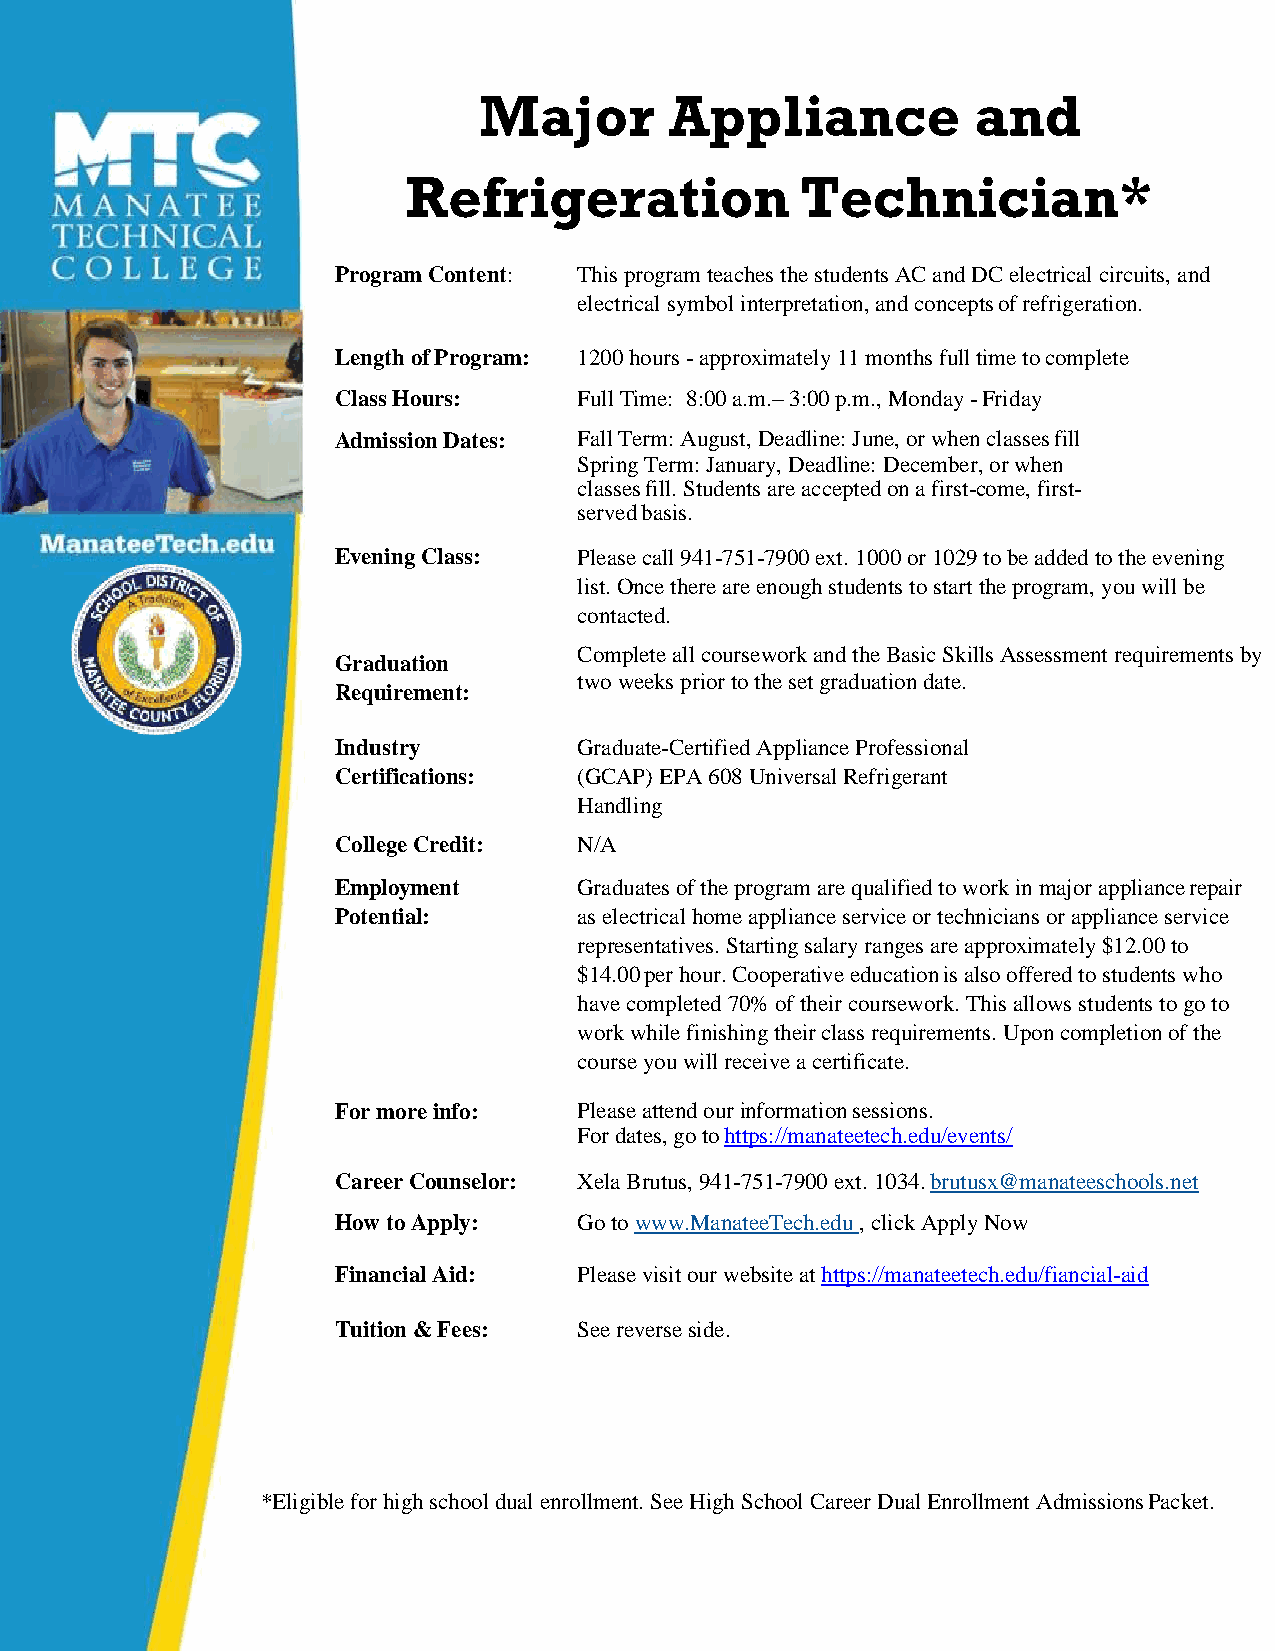
Major       Appliance            and
 Refrigeration             Technician*
 Program Content: This program teaches the students AC and DC electrical circuits, and
 electrical symbol interpretation, and concepts of refrigeration.
 Length of Program: 1200 hours - approximately 11 months full time to complete
 Class Hours:    Full Time: 8:00 a.m.– 3:00 p.m., Monday - Friday
 Admission Dates: Fall Term: August, Deadline: June, or when classes fill
 Spring Term: January, Deadline: December, or when
 classes fill. Students are accepted on a first-come, first-
 served basis.
 Evening Class:  Please call 941-751-7900 ext. 1000 or 1029 to be added to the evening
 list. Once there are enough students to start the program, you will be
 contacted.
 Complete all coursework and the Basic Skills Assessment requirements by
 Graduation
 two weeks prior to the set graduation date.
 Requirement:
 Industry        Graduate-Certified Appliance Professional
 Certifications: (GCAP) EPA 608 Universal Refrigerant
 Handling
 College Credit: N/A
 Employment      Graduates of the program are qualified to work in major appliance repair
 Potential:      as electrical home appliance service or technicians or appliance service
 representatives. Starting salary ranges are approximately $12.00 to
 $14.00 per hour. Cooperative education is also offered to students who
 have completed 70% of their coursework. This allows students to go to
 work while finishing their class requirements. Upon completion of the
 course you will receive a certificate.
 For more info:  Please attend our information sessions.
 For dates, go to https://manateetech.edu/events/
 Career Counselor: Xela Brutus, 941-751-7900 ext. 1034. brutusx@manateeschools.net
 How to Apply:   Go to www.ManateeTech.edu , click Apply Now
 Financial Aid:  Please visit our website at https://manateetech.edu/fiancial-aid
 Tuition & Fees: See reverse side.
 *Eligible for high school dual enrollment. See High School Career Dual Enrollment Admissions Packet.